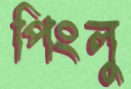
পিংলু